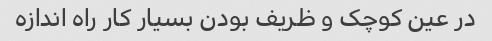
در عین کوچک و ظریف بودن بسیار کار راه اندازه